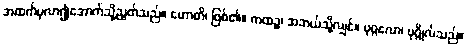
အထက်မှလာ၍အောက်သို့ညွတ်သည်။ ဟောတိ၊ ဖြစ်၏။ ကထဉ္စ၊ အဘယ်သို့လျှင်။ ပုဂ္ဂလော၊ ပုဂ္ဂိုလ်သည်။